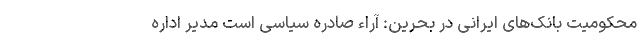
محکومیت بانک‌های ایرانی در بحرین: آراء صادره سیاسی است مدیر اداره